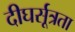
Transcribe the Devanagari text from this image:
दीघर्सूत्रता